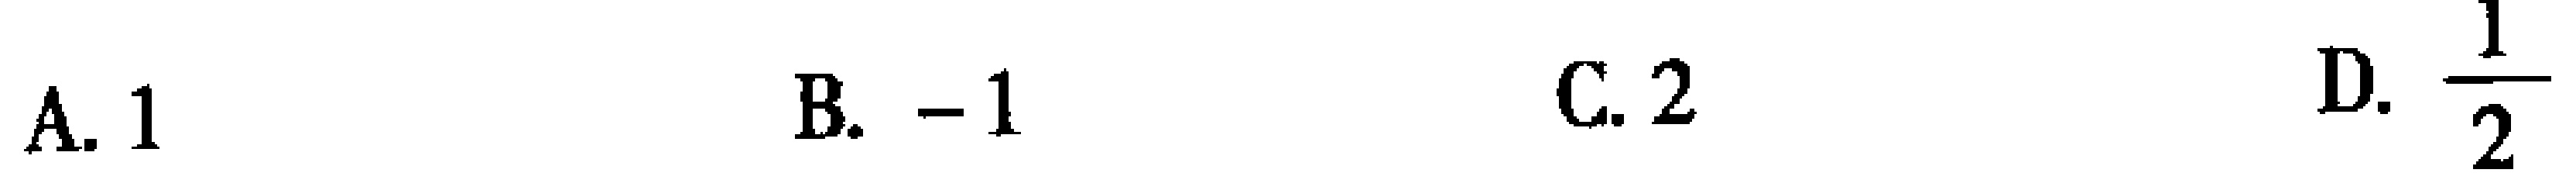
A. \(1\)  B. \(-1\)  C. \(2\)  D. \(\frac{1}{2}\)